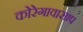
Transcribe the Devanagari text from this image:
कोरेगाव।साप